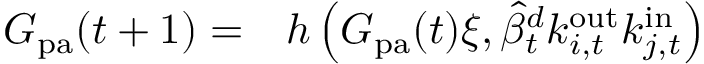
\begin{array} { r l } { G _ { \mathrm { p a } } ( t + 1 ) = } & { { } h \left( G _ { \mathrm { p a } } ( t ) \xi , \widehat { \beta } _ { t } ^ { d } k _ { i , t } ^ { \mathrm { o u t } } k _ { j , t } ^ { \mathrm { i n } } \right) } \end{array}